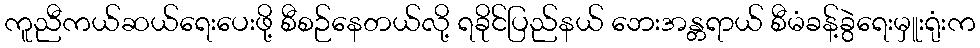
ကူညီကယ်ဆယ်ရေးပေးဖို့ စီစဉ်နေတယ်လို့ ရခိုင်ပြည်နယ် ဘေးအန္တရာယ် စီမံခန့်ခွဲရေးမှူးရုံးက